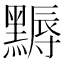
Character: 𪑾